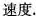
速度.